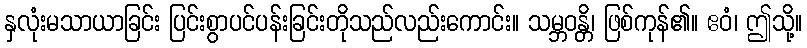
နှလုံးမသာယာခြင်း ပြင်းစွာပင်ပန်းခြင်းတိုသည်လည်းကောင်း။ သမ္ဘဝန္တိ၊ ဖြစ်ကုန်၏။ ဧဝံ၊ ဤသို့။